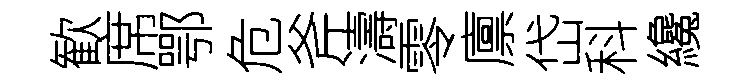
歓席鄂危斧濤零廪岱科纔